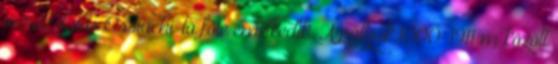
varázslatos Ossiachi-tó fölé emelkedik. A pályák 1000-1911 m között